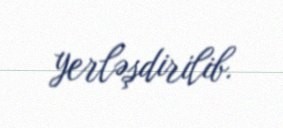
yerləşdirilib.